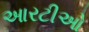
આરટીઓ